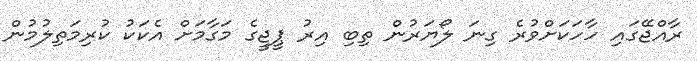
ރާއްޖޭގައި ހާހަކަށްވުރެ ގިނަ ލޯޔަރުން ތިބި އިރު ޕީޖީގެ މަގާމަށް އެކަކު ކުރިމަތިލުމުން